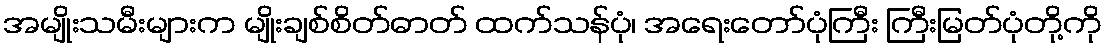
အမျိုးသမီးများက မျိုးချစ်စိတ်ဓာတ် ထက်သန်ပုံ၊ အရေးတော်ပုံကြီး ကြီးမြတ်ပုံတို့ကို